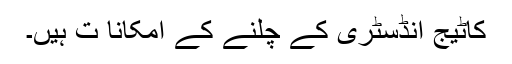
کاٹیج انڈسٹری کے چلنے کے امکانا ت ہیں۔